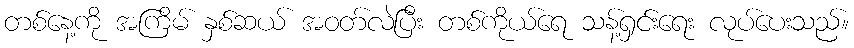
တစ်နေ့ကို အကြိမ် နှစ်ဆယ် အဝတ်လဲပြီး တစ်ကိုယ်ရေ သန့်ရှင်းရေး လုပ်ပေးသည်။